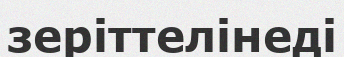
зеріттелінеді